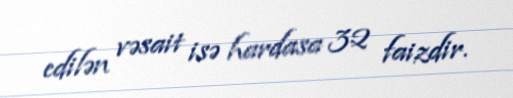
edilən vəsait isə hardasa 32 faizdir.